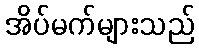
အိပ်မက်များသည်